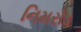
નિમરોડ